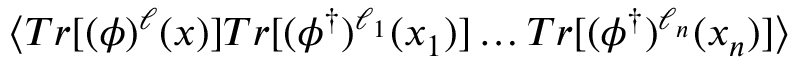
\langle T r [ ( \phi ) ^ { \ell } ( x ) ] T r [ ( \phi ^ { \dagger } ) ^ { \ell _ { 1 } } ( x _ { 1 } ) ] \ldots T r [ ( \phi ^ { \dagger } ) ^ { \ell _ { n } } ( x _ { n } ) ] \rangle